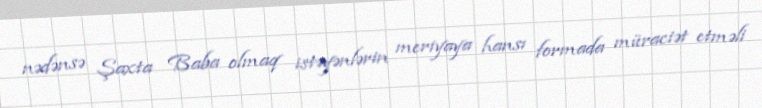
nədənsə Şaxta Baba olmaq istəyənlərin meriyaya hansı formada müraciət etməli